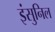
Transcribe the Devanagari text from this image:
इंसुनिल